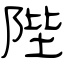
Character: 陛